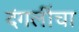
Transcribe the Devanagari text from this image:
दंगलींचा